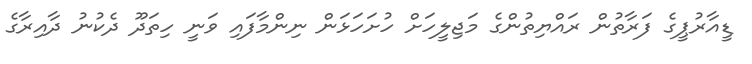
ޑީއާރުޕީގެ ފަރާތުން ރައްޔިތުންގެ މަޖިލީހަށް ހުށަހަޅަން ނިންމާފައި ވަނީ ހިތަދޫ ދެކުނު ދާއިރާގެ